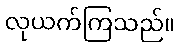
လုယက်ကြသည်။